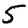
Digit: 5